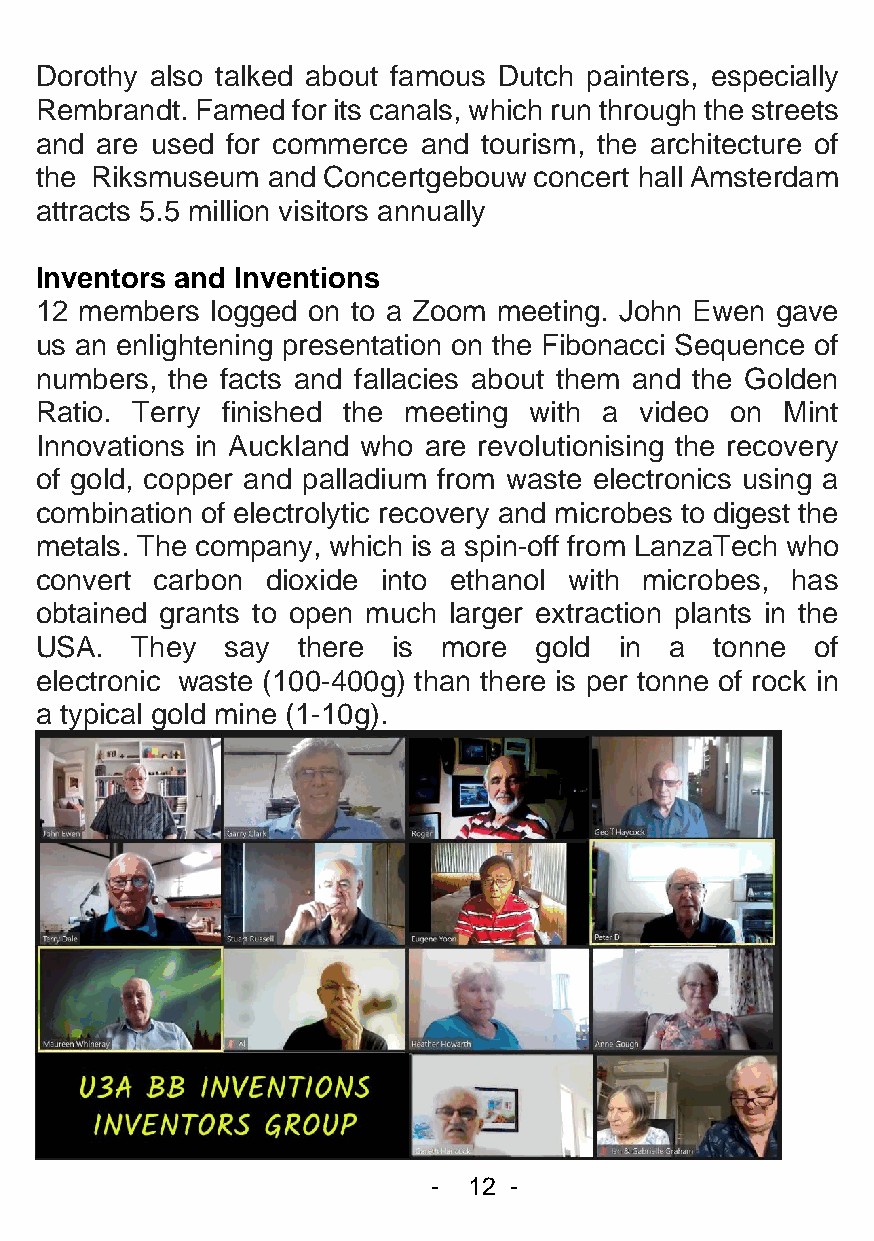
Dorothy also talked about famous Dutch painters, especially
 Rembrandt. Famed for its canals, which run through the streets
 and are used for commerce and tourism, the architecture of
 the Riksmuseum  and Concertgebouw concert hall Amsterdam
 attracts 5.5 million visitors annually
 Inventors and Inventions
 12 members  logged on to a Zoom meeting. John Ewen gave
 us an enlightening presentation on the Fibonacci Sequence of
 numbers, the facts and fallacies about them and the Golden
 Ratio. Terry finished the meeting with a video on Mint
 Innovations in Auckland who are revolutionising the recovery
 of gold, copper and palladium from waste electronics using a
 combination of electrolytic recovery and microbes to digest the
 metals. The company, which is a spin-off from LanzaTech who
 convert carbon  dioxide into ethanol with microbes, has
 obtained grants to open much larger extraction plants in the
 USA.   They  say  there is more  gold  in a  tonne  of
 electronic waste (100-400g) than there is per tonne of rock in
 a typical gold mine (1-10g).
 - 12 -